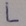
Text: L